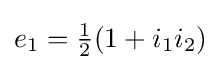
e_{1}={\tfrac {1}{2}}(1+i_{1}i_{2})